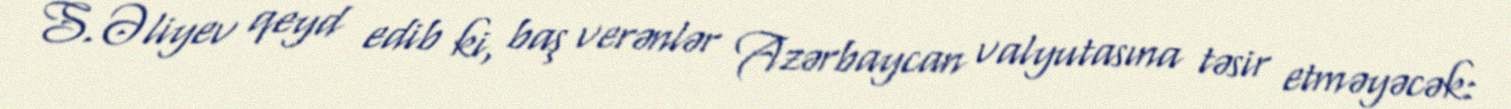
S.Əliyev qeyd edib ki, baş verənlər Azərbaycan valyutasına təsir etməyəcək: